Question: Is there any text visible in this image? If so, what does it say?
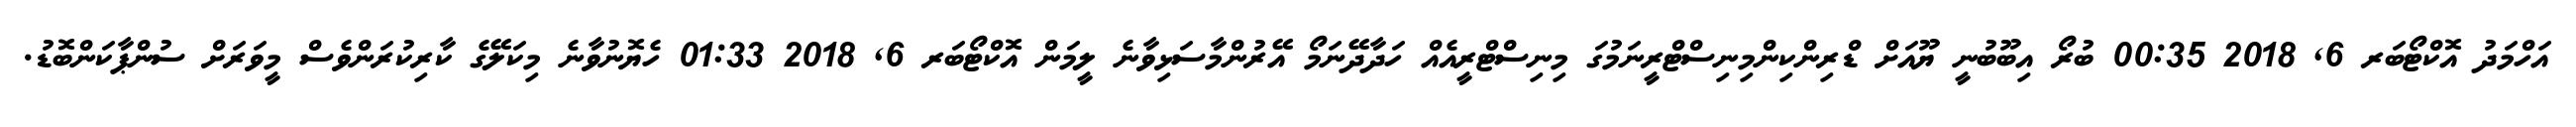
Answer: އަހްމަދު އޮކްޓޯބަރ 6, 2018 00:35 ބުރޯ އިބޫބުނީ ޔޫއަށް ޑްރިންކިންމިނިސްޓްރީނަމުގަ މިނިސްޓްރީއެއް ހަދާދޭނަމޯ އޭރުންމާސަޅިވާނެ ލީމަން އޮކްޓޯބަރ 6, 2018 01:33 ހެޔޮނުވާނެ މިކަލޭގެ ކާރިކުރަންވެސް މީވަރަށް ސުންޕާކަންބޮޑު.